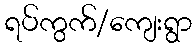
ရပ်ကွက်/ကျေးရွာ